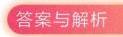
答案与解析